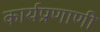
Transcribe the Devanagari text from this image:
कार्यप्रणाणी